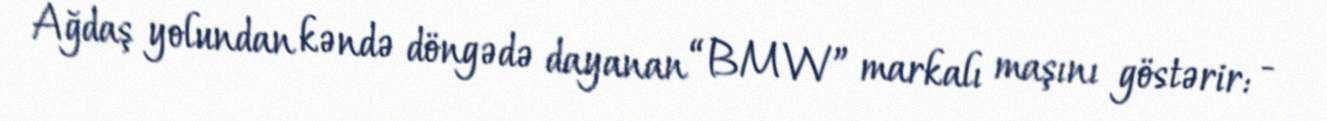
Ağdaş yolundan kəndə döngədə dayanan “BMW” markalı maşını göstərir: -